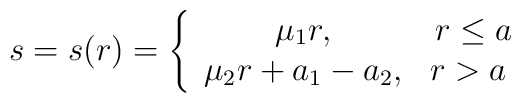
s=s(r)=\left\{ \begin{array}{cc}    \mu_1 r, & r\leq a \\    \mu_2 r + a_1 - a_2, & r>a \  \end{array} \right.